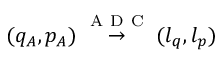
( q _ { A } , p _ { A } ) \overset { \mathrm { ~ A ~ D ~ C ~ } } { \rightarrow } ( l _ { q } , l _ { p } )